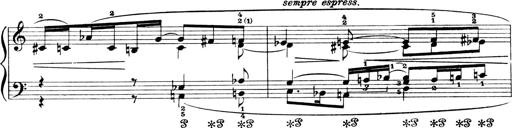
Title: 4 Sonatines
Composer: Max Reger